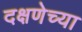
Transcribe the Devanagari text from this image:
दक्षणेच्या